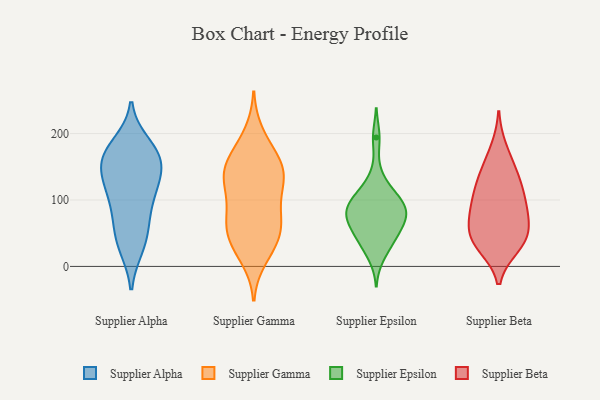
{"axis": {"x": "Headcount", "y": "Value"}, "legend": ["Supplier Alpha", "Supplier Beta", "Supplier Epsilon", "Supplier Gamma"], "data": [{"x": "", "y": 52, "type": "Supplier Alpha"}, {"x": "", "y": 117, "type": "Supplier Alpha"}, {"x": "", "y": 149, "type": "Supplier Alpha"}, {"x": "", "y": 128, "type": "Supplier Alpha"}, {"x": "", "y": 172, "type": "Supplier Alpha"}, {"x": "", "y": 184, "type": "Supplier Alpha"}, {"x": "", "y": 103, "type": "Supplier Alpha"}, {"x": "", "y": 29, "type": "Supplier Alpha"}, {"x": "", "y": 66, "type": "Supplier Alpha"}, {"x": "", "y": 170, "type": "Supplier Alpha"}, {"x": "", "y": 166, "type": "Supplier Alpha"}, {"x": "", "y": 120, "type": "Supplier Alpha"}, {"x": "", "y": 30, "type": "Supplier Alpha"}, {"x": "", "y": 165, "type": "Supplier Alpha"}, {"x": "", "y": 147, "type": "Supplier Alpha"}, {"x": "", "y": 82, "type": "Supplier Alpha"}, {"x": "", "y": 161, "type": "Supplier Gamma"}, {"x": "", "y": 199, "type": "Supplier Gamma"}, {"x": "", "y": 132, "type": "Supplier Gamma"}, {"x": "", "y": 124, "type": "Supplier Gamma"}, {"x": "", "y": 28, "type": "Supplier Gamma"}, {"x": "", "y": 138, "type": "Supplier Gamma"}, {"x": "", "y": 35, "type": "Supplier Gamma"}, {"x": "", "y": 135, "type": "Supplier Gamma"}, {"x": "", "y": 71, "type": "Supplier Gamma"}, {"x": "", "y": 112, "type": "Supplier Gamma"}, {"x": "", "y": 152, "type": "Supplier Gamma"}, {"x": "", "y": 49, "type": "Supplier Gamma"}, {"x": "", "y": 64, "type": "Supplier Gamma"}, {"x": "", "y": 13, "type": "Supplier Gamma"}, {"x": "", "y": 176, "type": "Supplier Gamma"}, {"x": "", "y": 51, "type": "Supplier Gamma"}, {"x": "", "y": 87, "type": "Supplier Gamma"}, {"x": "", "y": 149, "type": "Supplier Gamma"}, {"x": "", "y": 74, "type": "Supplier Gamma"}, {"x": "", "y": 41, "type": "Supplier Epsilon"}, {"x": "", "y": 88, "type": "Supplier Epsilon"}, {"x": "", "y": 96, "type": "Supplier Epsilon"}, {"x": "", "y": 134, "type": "Supplier Epsilon"}, {"x": "", "y": 77, "type": "Supplier Epsilon"}, {"x": "", "y": 77, "type": "Supplier Epsilon"}, {"x": "", "y": 14, "type": "Supplier Epsilon"}, {"x": "", "y": 109, "type": "Supplier Epsilon"}, {"x": "", "y": 43, "type": "Supplier Epsilon"}, {"x": "", "y": 69, "type": "Supplier Epsilon"}, {"x": "", "y": 103, "type": "Supplier Epsilon"}, {"x": "", "y": 101, "type": "Supplier Epsilon"}, {"x": "", "y": 35, "type": "Supplier Epsilon"}, {"x": "", "y": 72, "type": "Supplier Epsilon"}, {"x": "", "y": 194, "type": "Supplier Epsilon"}, {"x": "", "y": 55, "type": "Supplier Epsilon"}, {"x": "", "y": 76, "type": "Supplier Epsilon"}, {"x": "", "y": 54, "type": "Supplier Beta"}, {"x": "", "y": 107, "type": "Supplier Beta"}, {"x": "", "y": 43, "type": "Supplier Beta"}, {"x": "", "y": 59, "type": "Supplier Beta"}, {"x": "", "y": 30, "type": "Supplier Beta"}, {"x": "", "y": 34, "type": "Supplier Beta"}, {"x": "", "y": 75, "type": "Supplier Beta"}, {"x": "", "y": 177, "type": "Supplier Beta"}, {"x": "", "y": 148, "type": "Supplier Beta"}, {"x": "", "y": 84, "type": "Supplier Beta"}, {"x": "", "y": 91, "type": "Supplier Beta"}, {"x": "", "y": 105, "type": "Supplier Beta"}, {"x": "", "y": 35, "type": "Supplier Beta"}, {"x": "", "y": 138, "type": "Supplier Beta"}, {"x": "", "y": 128, "type": "Supplier Beta"}]}